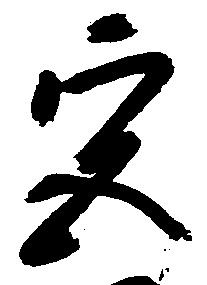
宮